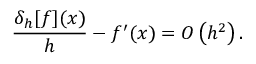
{ \frac { \delta _ { h } [ f ] ( x ) } { h } } - f ^ { \prime } ( x ) = O \left( h ^ { 2 } \right) .